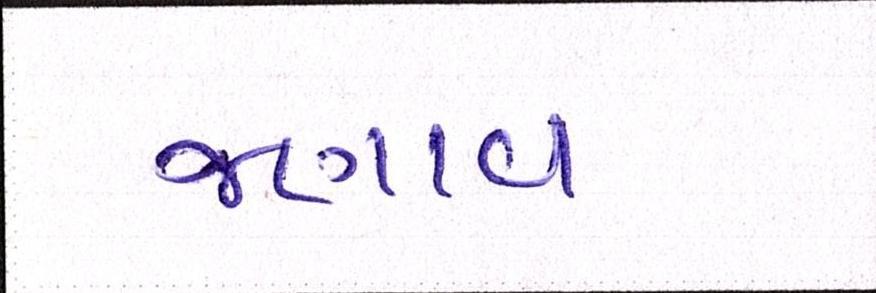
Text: જણાવ